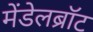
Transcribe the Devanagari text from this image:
मेंडेलब्रॉट